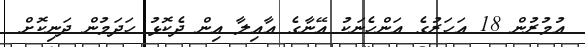
އުމުރުން 18 އަހަރުގެ އަންހެނަކު އޭނާގެ އާއިލާ އިން ދެކޮޅު ހަދަމުން ދަނިކޮށް